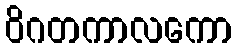
ဝိဂတကာလကော